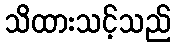
သိထားသင့်သည်